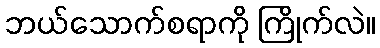
ဘယ်သောက်စရာကို ကြိုက်လဲ။